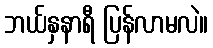
ဘယ်နှနာရီ ပြန်လာမလဲ။